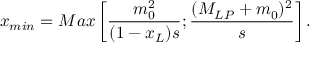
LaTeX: x _ { m i n } = M a x \left[ \frac { m _ { 0 } ^ { 2 } } { ( 1 - x _ { L } ) s } ; \frac { ( M _ { L P } + m _ { 0 } ) ^ { 2 } } { s } \right] .